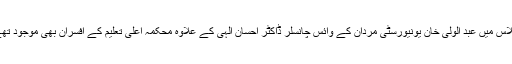
اجلاس میں عبد الولی خان یونیورسٹی مردان کے وائس چانسلر ڈاکٹر احسان الٰہی کے علاوہ محکمہ اعلیٰ تعلیم کے افسران بھی موجود تھے۔